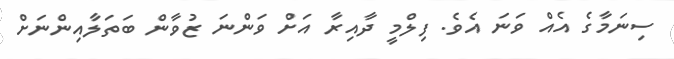
ސިނަމާގެ އެއް ވަނަ އެވެ. ފިލްމީ ދާއިރާ އަށް ވަންނަ ޒުވާން ބަތަލާއިންނަށް